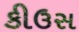
કીઉસ